Newspaper: Barton County democrat. [volume]
Place of publication: Great Bend, Kan.
Publisher: Democrat Printing Co.
Date: 1900-09-07 00:00:00
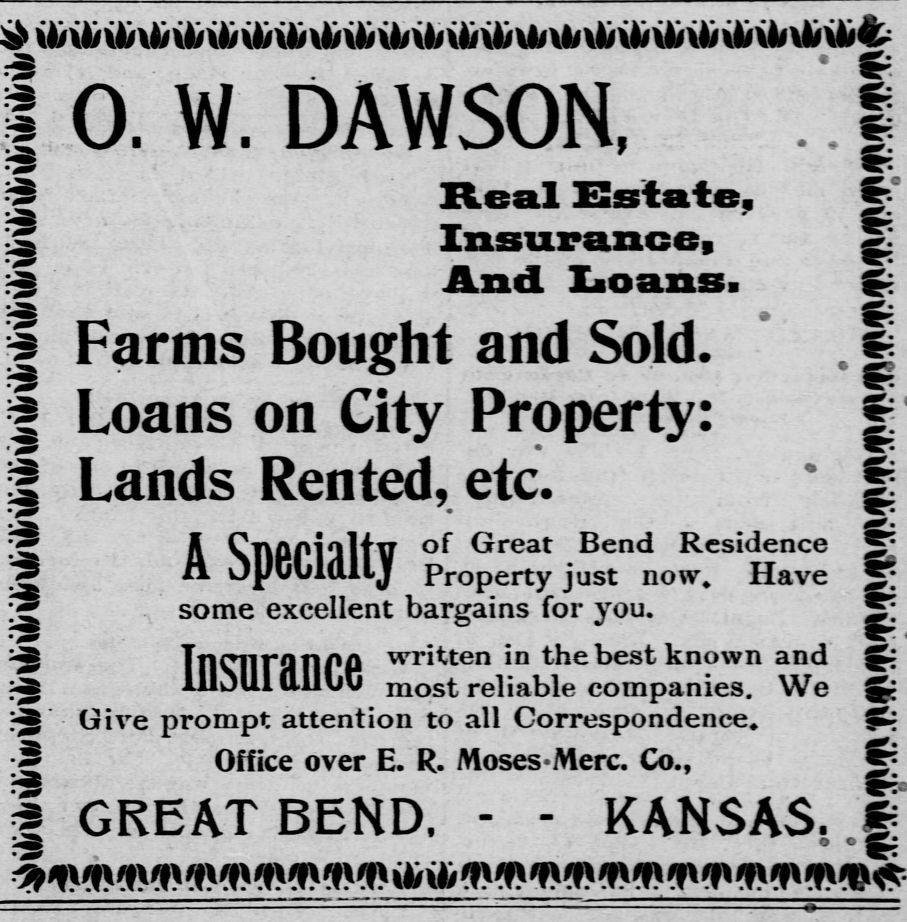
Advertisement text (OCR):
l O. W. DAWSON, Farms Bought Loans on Gity Lands Rented, A Specialty some excellent bargains for you. Insurance Give prompt attention to Office over E. R. ! GREAT BEND. Real Isolate, Insurance, And Loans. and Sold. Property: etc. of Great Bend Residence Property just now. Have written in the best known and most reliable companies. We all Correspondence. MosesMerc. Co., - - KANSAS,
Label: text-only